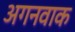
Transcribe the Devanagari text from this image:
अगनवाक